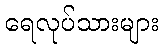
ရေလုပ်သားများ